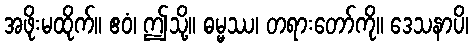
အဖိုးမထိုက်။ ဧဝံ၊ ဤသို့။ ဓမ္မဿ၊ တရားတော်ကို။ ဒေသနာပိ၊